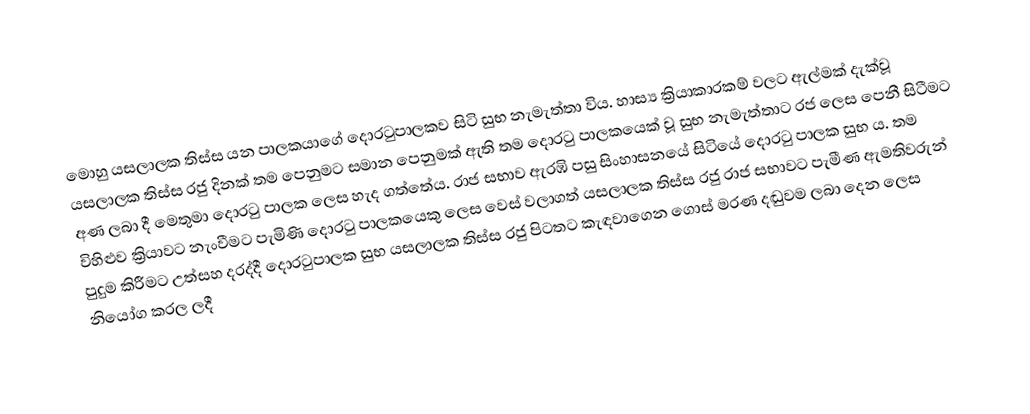
මොහු යසලාලක තිස්ස යන පාලකයාගේ ⁣දොරටුපාලකව සිටි සුභ නැමැත්තා විය. හාස්‍ය ක්‍රියාකාරකම් වලට ඇල්මක් දැක්වූ යසලාලක තිස්ස රජු දිනක් තම පෙනුමට සමාන පෙනුමක් ඇති තම දොරටු පාලකයෙක් වූ සුභ නැමැත්තාට රජ ලෙස පෙනී සිටීමට අණ ලබා දී මෙතුමා දොරටු පාලක ලෙස හැද ගත්තේය. රාජ සභාව ඇරඹි පසු සිංහාසනයේ  සිටියේ දොරටු පාලක සුභ ය. තම විහිළුව ක්‍රියාවට නැංවීමට පැමිණි දොරටු පාලකයෙකු ලෙස වෙස් වලාගත් යසලාලක තිස්ස රජු රාජ සභාවට පැමීණ ඇමතිවරුන් පුදුම කිරීමට උත්සහ දරද්දී දොරටුපාලක සුභ යසලාලක තිස්ස රජු පිටතට කැඳවාගෙන ගොස් මරණ දඬුවම ලබා දෙන ලෙස නියෝග කරල ලදී